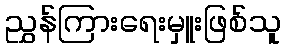
ညွှန်ကြားရေးမှူးဖြစ်သူ